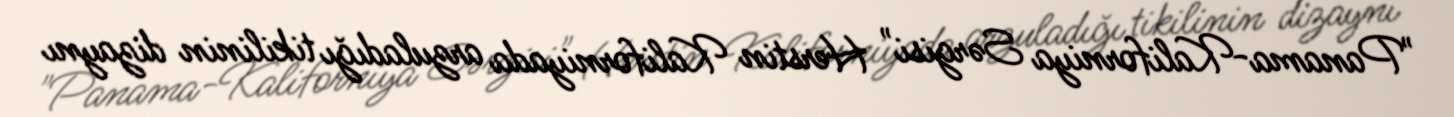
"Panama-Kaliforniya Sərgisi" Herstin Kaliforniyada arzuladığı tikilinin dizaynı